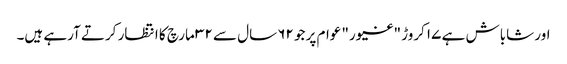
اور شاباش ہے ۱۷ کروڑ "غیور" عوام پر جو ۶۲ سال سے ۳۲ مارچ کا انتظار کرتے آرہے ہیں۔